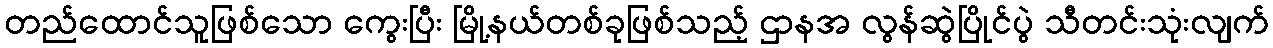
တည်ထောင်သူဖြစ်သော ကွေးပြီး မြို့နယ်တစ်ခုဖြစ်သည့် ဌာနအ လွန်ဆွဲပြိုင်ပွဲ သီတင်းသုံးလျက်